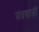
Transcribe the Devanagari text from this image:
यंत्रशास्त्री